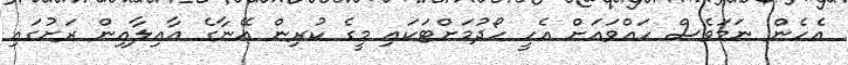
އެހެން ނަމަވެސް ހައްވައަށް އެހީ ހޯދުމަށްޓަކައި މީގެ ކުރިން އޭނާގެ އާއިލާއިން ރަށުގައި